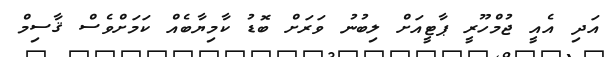
އަދި އެއީ ޖުމްހޫރީ ޕާޓީއަށް ލިބުނު ވަރަށް ބޮޑު ކާމިޔާބެއް ކަމަށްވެސް ޤާސިމް